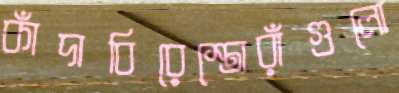
কাঁদাবিরেস্তোরাঁগুলো